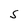
Character: S